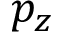
p _ { z }